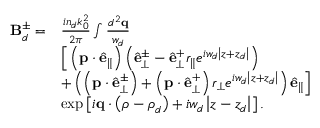
\begin{array} { r l } { \mathbf { B } _ { d } ^ { \pm } = } & { \frac { i n _ { d } k _ { 0 } ^ { 2 } } { 2 \pi } \int \frac { d ^ { 2 } \mathbf { q } } { w _ { d } } } \\ & { \Big [ \left( \mathbf { p } \cdot \hat { \mathbf { e } } _ { \parallel } \right) \left( \hat { \mathbf { e } } _ { \perp } ^ { \pm } - \hat { \mathbf { e } } _ { \perp } ^ { + } r _ { \parallel } e ^ { i w _ { d } \left\vert z + z _ { d } \right\vert } \right) } \\ & { + \left( \left( \mathbf { p } \cdot \hat { \mathbf { e } } _ { \perp } ^ { \pm } \right) + \left( \mathbf { p } \cdot \hat { \mathbf { e } } _ { \perp } ^ { + } \right) r _ { \perp } e ^ { i w _ { d } \left\vert z + z _ { d } \right\vert } \right) \hat { \mathbf { e } } _ { \parallel } \Big ] } \\ & { \exp \left[ i \mathbf { q } \cdot \left( \boldsymbol { \rho } - \boldsymbol { \rho } _ { d } \right) + i w _ { d } \left\vert z - z _ { d } \right\vert \right] . } \end{array}